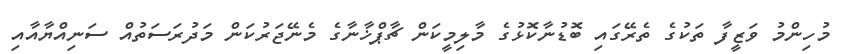
މުހިންމު ވަޒީފާ ތަކުގެ ތެރޭގައި ބޮޑުނާކޮޅުގެ މާލިމީކަން ޗާޕްޚާނާގެ މެނޭޖަރުކަން މަދުރަސަތުއް ސަނިއްޔާއާއި